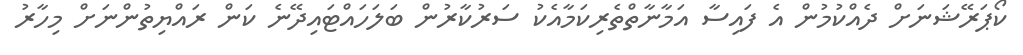
ކޯޕަރޭޝަނަށް ދެއްކުމުން އެ ފައިސާ އަމާނާތްތެރިކަމާއެކު ސަރުކާރުން ބަލަހައްޓައިދޭނެ ކަން ރައްޔިތުންނަށް މިހާރު